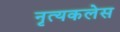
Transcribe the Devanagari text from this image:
नृत्यकलेस